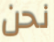
نحن